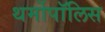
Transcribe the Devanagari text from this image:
थर्मोपॉलिस